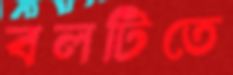
বলটিতে